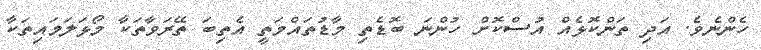
ހެންނެވެ. އަދި ތަންކޮޅެއް އުސްކޮށް ހުންނަ ބޮޑެތި މާޑުތައްމަތީ އެތިބަ ތޭރަވާތަކާ މޯޅަލަމައިތަކާ